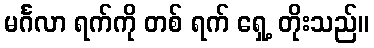
မင်္ဂလာ ရက်ကို တစ် ရက် ရှေ့ တိုးသည်။